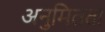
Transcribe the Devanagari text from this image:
अनुमितता